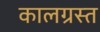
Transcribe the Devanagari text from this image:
कालग्रस्त